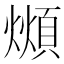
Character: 𪹺